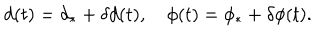
d ( t ) = d _ { \ast } + \delta d ( t ) , \quad \phi ( t ) = \phi _ { \ast } + \delta \phi ( t ) .